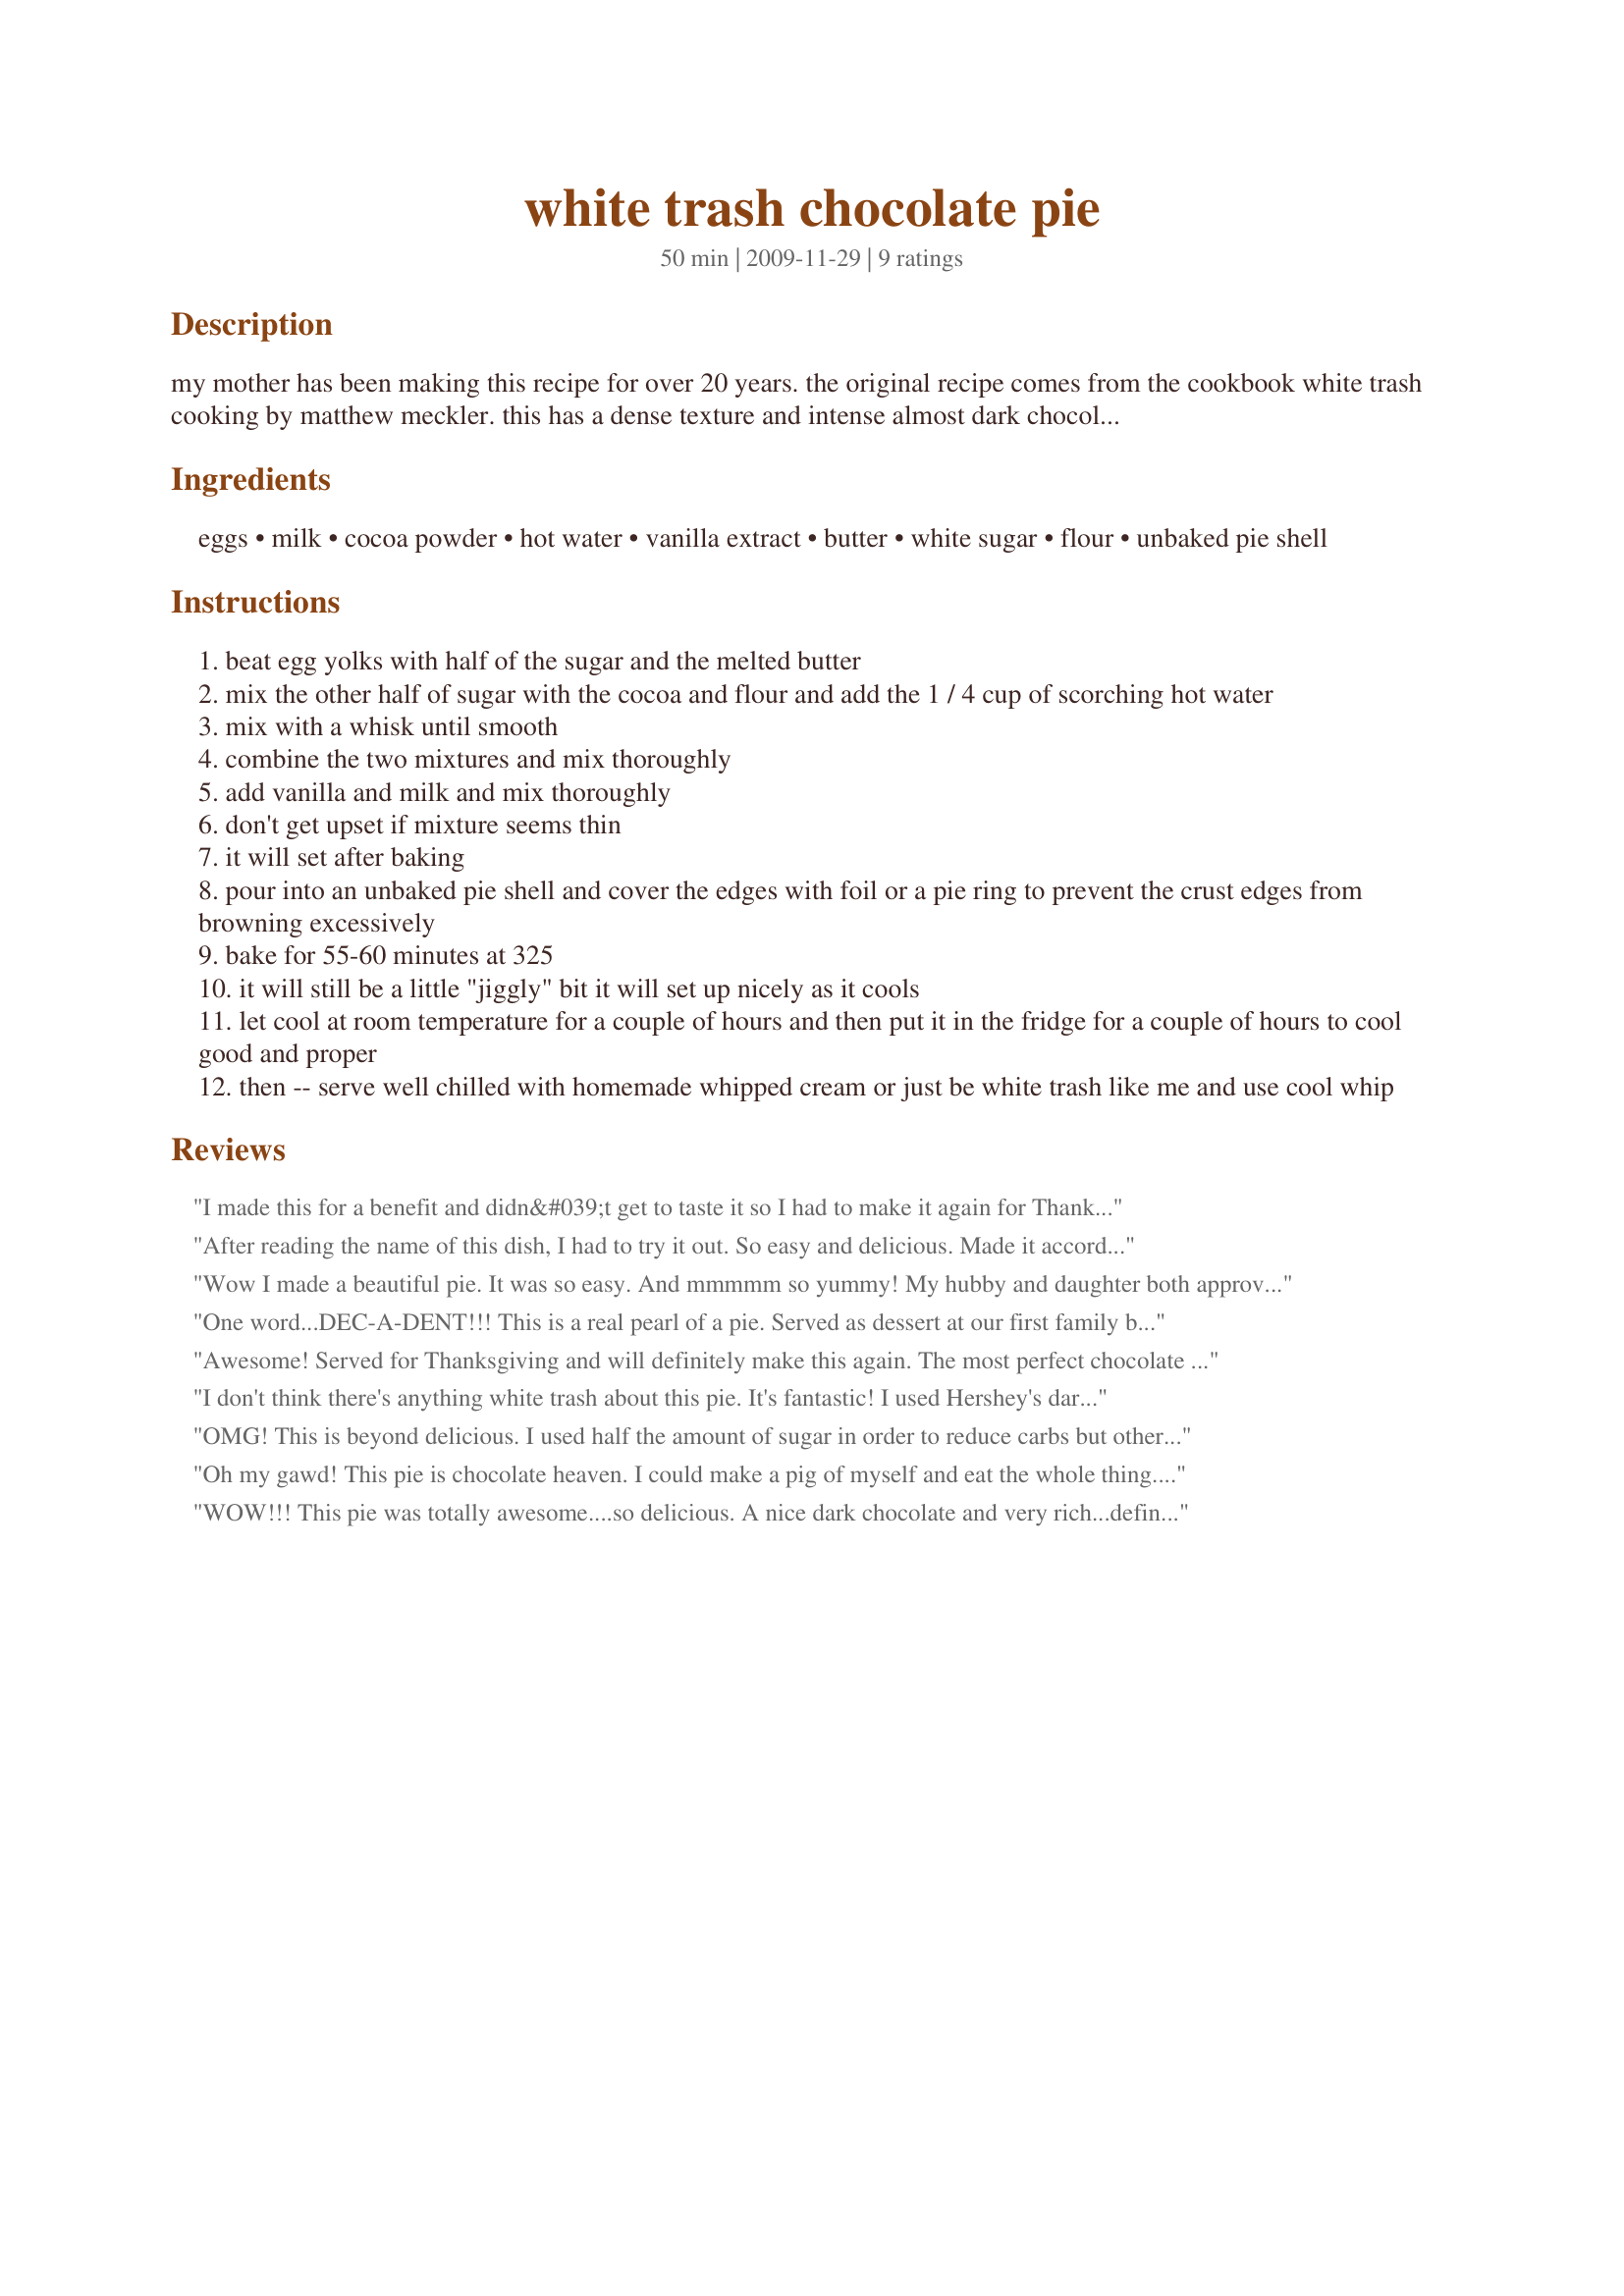
white trash chocolate pie
Preparation time: 50 minutes

my mother has been making this recipe for over 20 years. the original recipe comes from the cookbook white trash cooking by matthew meckler. this has a dense texture and intense almost dark chocolate flavor instead of a creamy pudding type filling.

Ingredients:
eggs, milk, cocoa powder, hot water, vanilla extract, butter, white sugar, flour, unbaked pie shell

Steps:
beat egg yolks with half of the sugar and the melted butter
mix the other half of sugar with the cocoa and flour and add the 1 / 4 cup of scorching hot water
mix with a whisk until smooth
combine the two mixtures and mix thoroughly
add vanilla and milk and mix thoroughly
don't get upset if mixture seems thin
it will set after baking
pour into an unbaked pie shell and cover the edges with foil or a pie ring to prevent the crust edges from browning excessively
bake for 55-60 minutes at 325
it will still be a little "jiggly" bit it will set up nicely as it cools
let cool at room temperature for a couple of hours and then put it in the fridge for a couple of hours to cool good and proper
then -- serve well chilled with homemade whipped cream or just be white trash like me and use cool whip

Reviews:
I made this for a benefit and didn&#039;t get to taste it so I had to make it again for Thanksgiving. Really good and everyone had good comments. Making it today for my husband for Valentine&#039;s day. A keeper of a recipe.
After reading the name of this dish, I had to try it out. So easy and delicious. Made it according to the recipe and turned out great. Much better chilled. It was almost like eating hot chocolate. Next time I make it I want to use a darker cocoa powder than the standard supermarket brand. But it was fine with regular Hershey's Cocoa. I am also thinking maybe next time I may omit the vanilla and use Kahula because WHY NOT ! Don't forget the whipped cream for the top. Will let you all know if I add the Kahula. Thanks for posting.
Wow I made a beautiful pie. It was so easy. And mmmmm so yummy! My hubby and daughter both approved. I will make again.Thanks for posting this!
One word...DEC-A-DENT!!! This is a real pearl of a pie. Served as dessert at our first family bar-b-q for 2010 yesterday. Wicked good pie. Thanks for sharing. This is DEFINITELY a keeper.
Awesome! Served for Thanksgiving and will definitely make this again. The most perfect chocolate pie. Rich, delicious, and really beautiful. I'd like to say that I whipped cream myself and topped with chocolate shavings, but I used the pressurized stuff in the can and everyone was happy. Thanks so much for sharing the recipe!
I don't think there's anything white trash about this pie. It's fantastic! I used Hershey's dark cocoa & 1/2 c milk & 1/2 cup half & half, because I didn't want my half & half to go to waste. I topped with cool whip, but the egg whites could be used for a meringue too. Scrumptious, decadent, fabulous!!!!
OMG! This is beyond delicious. I used half the amount of sugar in order to reduce carbs but otherwise made it as directed. The only thing I would recommend is to use a deep dish pie shell as with a regular shell, I had a bit of overrun.
Oh my gawd! This pie is chocolate heaven. I could make a pig of myself and eat the whole thing. I love the dark chocolate flavor. I'm gonna make this one again... and again.
WOW!!! This pie was totally awesome....so delicious. A nice dark chocolate and very rich...definitely not for those watching their waistline!! I made it yesterday afternoon and there is only 1 very small piece left so it appears the family really enjoyed it. No doubt in my mind, this pie will be made on a regular basis. Thank you for this great recipe.
